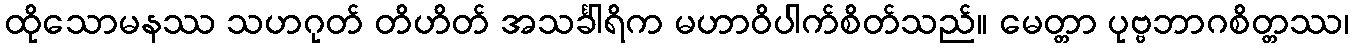
ထိုသောမနဿ သဟဂုတ် တိဟိတ် အသင်္ခါရိက မဟာဝိပါက်စိတ်သည်။ မေတ္တာ ပုဗ္ဗဘာဂစိတ္တဿ၊